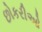
છોકરીઓ